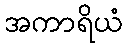
အကာရိယံ